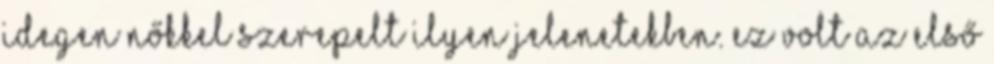
idegen nőkkel szerepelt ilyen jelenetekben. Ez volt az első